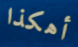
أهكذا